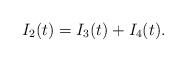
LaTeX: \begin{align*}\begin{aligned}I_{2}(t)=I_{3}(t)+I_{4}(t).\end{aligned}\end{align*}